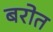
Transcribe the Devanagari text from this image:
बरोत